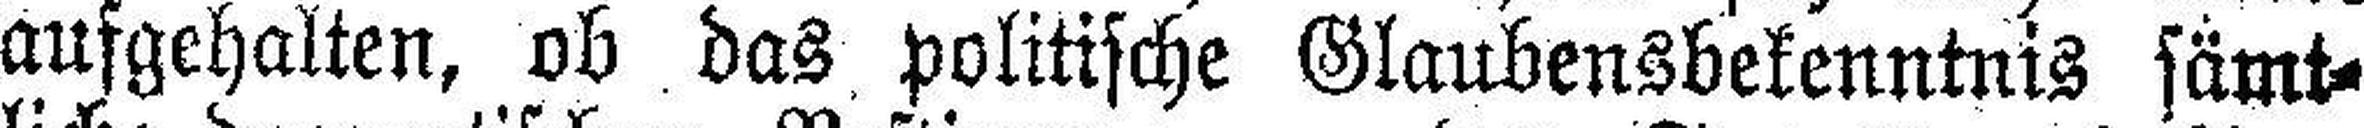
aufgehalten, ob das politische Glaubensbekenntnis sämt¬